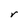
Character: r